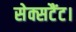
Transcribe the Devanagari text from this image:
सेक्सटैंट।